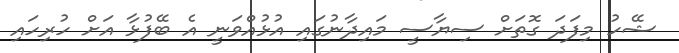
ޝޭހު މިފަދަ ގޮތަށް ސިޔާސީ މައިދާނުގައި އުޅުއްވަނީ އެ ބޭފުޅާ އަށް ހުރިހައި